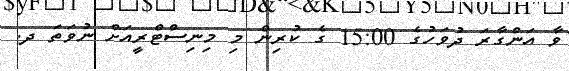
ވާ އަންގާރަ ދުވަހުގެ 15:00 ގެ ކުރިން މި މިނިސްޓްރީއަށް ނުވަތަ ދ.